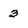
Character: 3